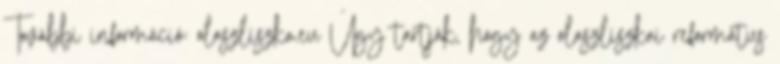
További információ: olaszliszka.eu Úgy tartják, hogy az olaszliszkai református